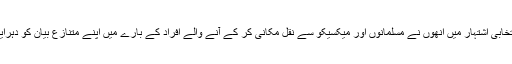
اس انتخابی اشتہار میں انھوں نے مسلمانوں اور میکسیکو سے نقل مکانی کر کے آنے والے افراد کے بارے میں اپنے متنازع بیان کو دہرایا ہے۔